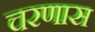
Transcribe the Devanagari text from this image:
चरणास